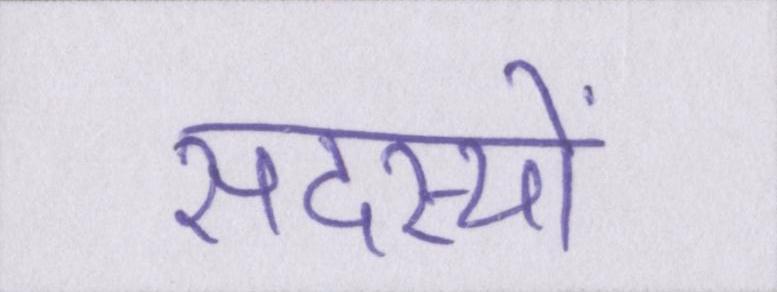
सदस्यों